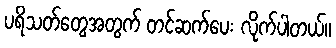
ပရိသတ်တွေအတွက် တင်ဆက်ပေး လိုက်ပါတယ်။